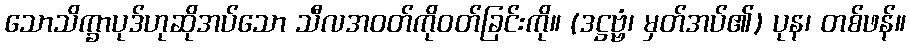
သောသိက္ခာပုဒ်ဟုဆိုအပ်သော သီလအဝတ်ကိုဝတ်ခြင်းကို။ (ဒဋ္ဌဗ္ဗံ၊ မှတ်အပ်၏) ပုန၊ တစ်ဖန်။